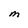
Character: M